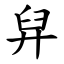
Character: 舁